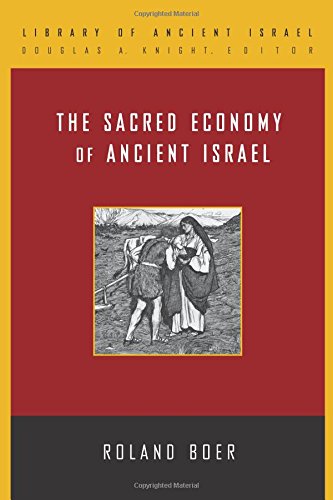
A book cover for The Sacred Economy of Ancient Israel (Library of Ancient Israel); Roland Boer; Christian Books & Bibles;